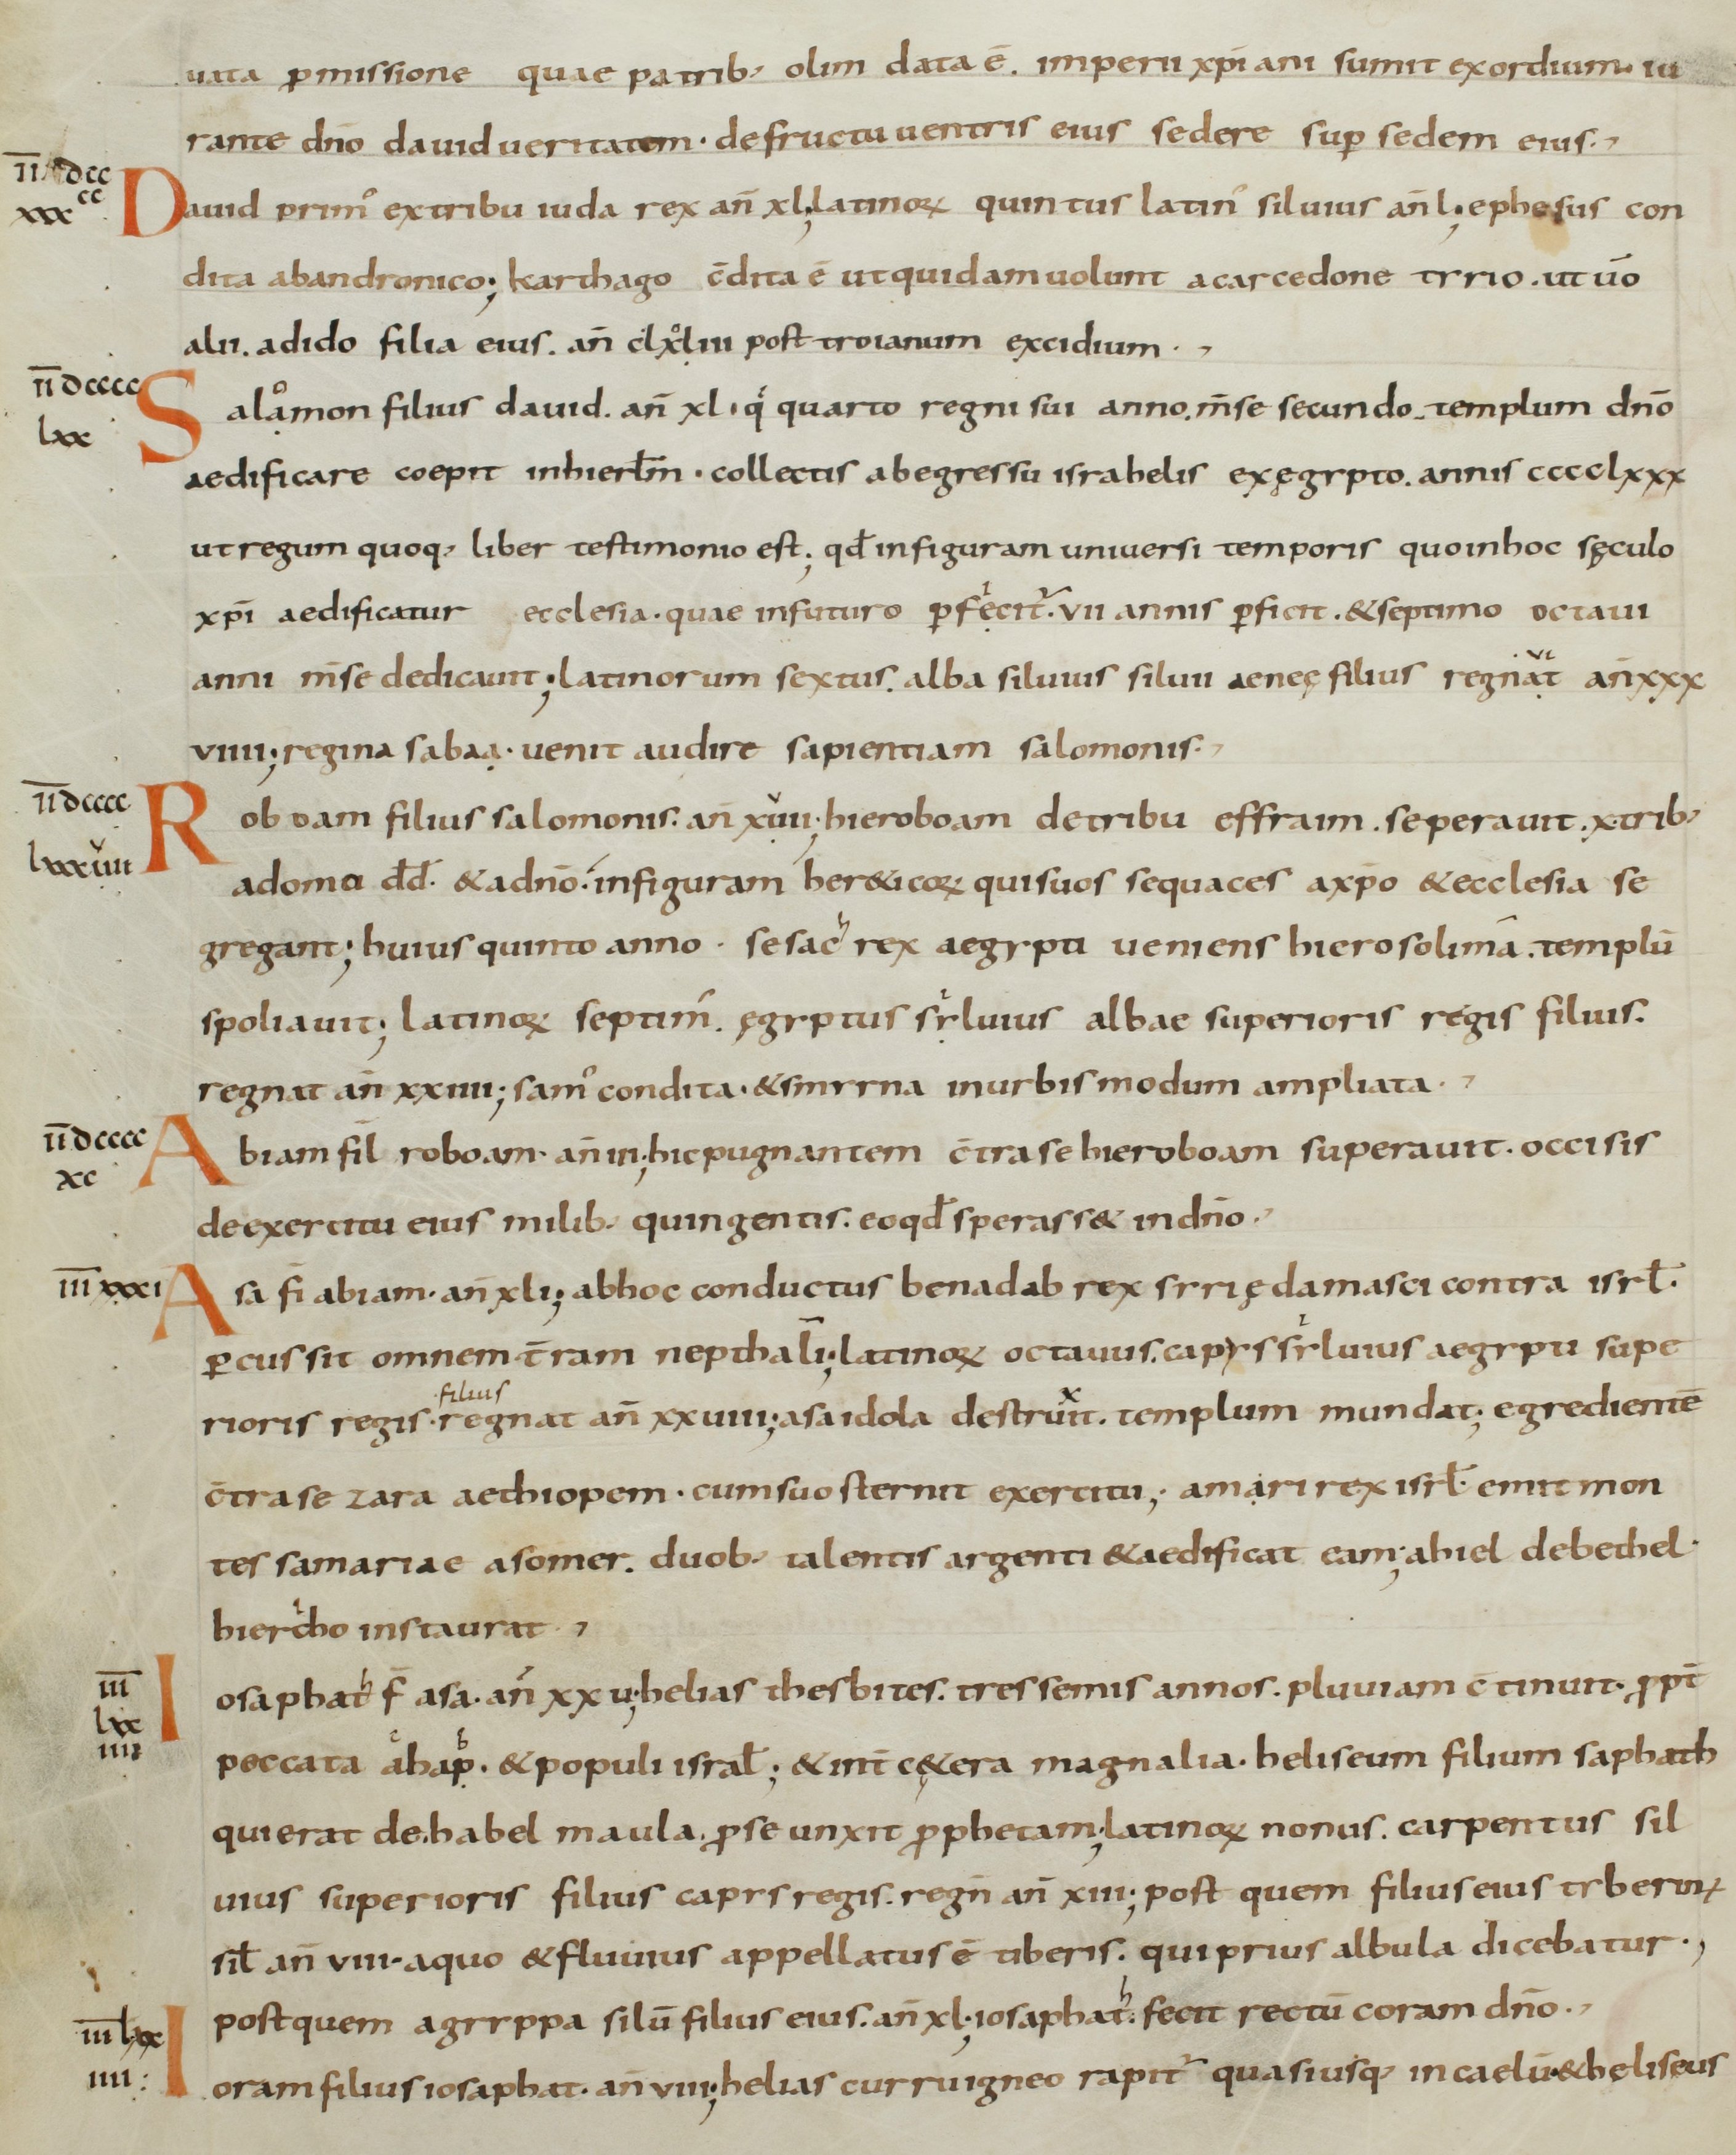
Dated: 800–899